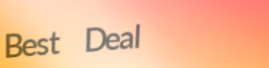
Best Deal